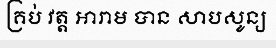
គ្រប់ វត្ត អារាម បាន សាបសូន្យ